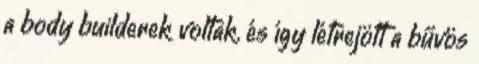
a body builderek voltak, és így létrejött a bűvös